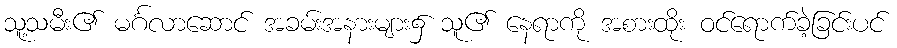
သူ့သမီး၏ မင်္ဂလာဆောင် အခမ်းအနားများ၌ သူ၏ နေရာကို အစားထိုး ဝင်ရောက်ခဲ့ခြင်းပင်